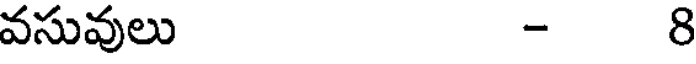
వసువులు - 8